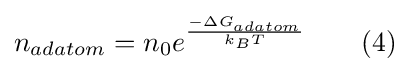
n_{adatom}=n_{0}e^{\frac {-\Delta G_{adatom}}{k_{B}T}}\qquad (4)